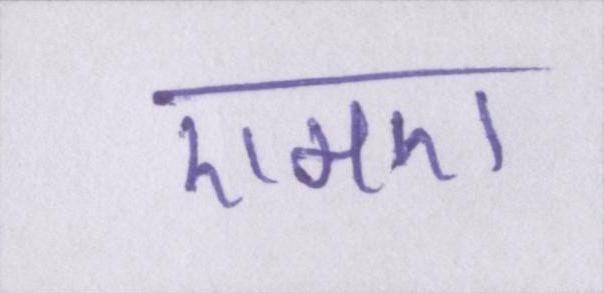
एमए